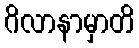
ဂိလာနာမှာတိ